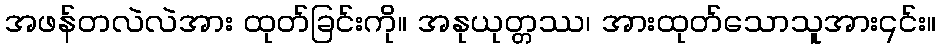
အဖန်တလဲလဲအား ထုတ်ခြင်းကို။ အနုယုတ္တဿ၊ အားထုတ်သောသူအား၎င်း။